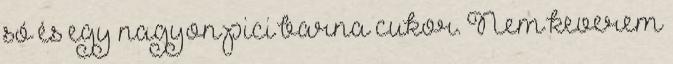
só és egy nagyon pici barna cukor. Nem keverem